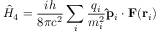
{ \hat { H } } _ { 4 } = { \frac { i h } { 8 \pi c ^ { 2 } } } \sum _ { i } { \frac { q _ { i } } { m _ { i } ^ { 2 } } } \mathbf { \hat { p } } _ { i } \cdot \mathbf { F } ( \mathbf { r } _ { i } )